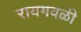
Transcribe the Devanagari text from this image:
रायगवळी